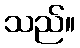
သည်။